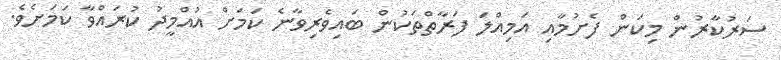
ސަރުކާރުން މިކަން ފެށުމާއި އަމިއްލަ ފަރާތްތަކުން ބައިވެރިވާނެ ކަމަށް އުއްމީދު ކުރައްވާ ކަމަށެވެ.